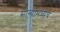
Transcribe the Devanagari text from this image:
सोन्यामध्येच